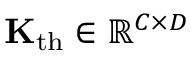
\mathbf { K } _ { \mathrm { t h } } \in \mathbb { R } ^ { C \times D }